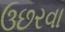
ઉછરવા